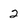
Character: 2